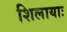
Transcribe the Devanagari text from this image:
शिलायाः